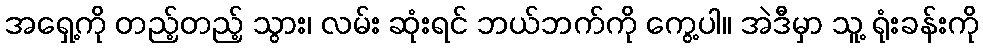
အရှေ့ကို တည့်တည့် သွား၊ လမ်း ဆုံးရင် ဘယ်ဘက်ကို ကွေ့ပါ။ အဲဒီမှာ သူ့ ရုံးခန်းကို